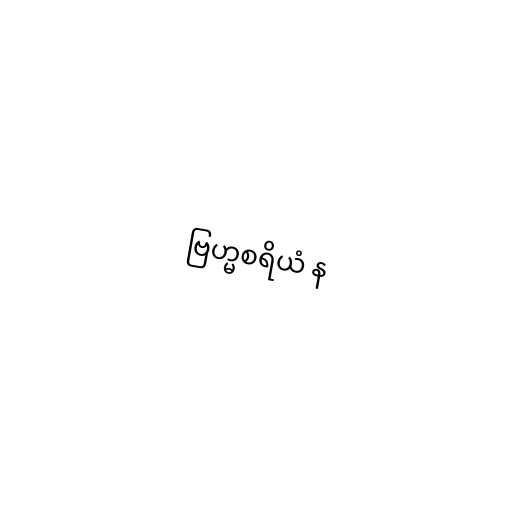
ဗြဟ္မစရိယံ န